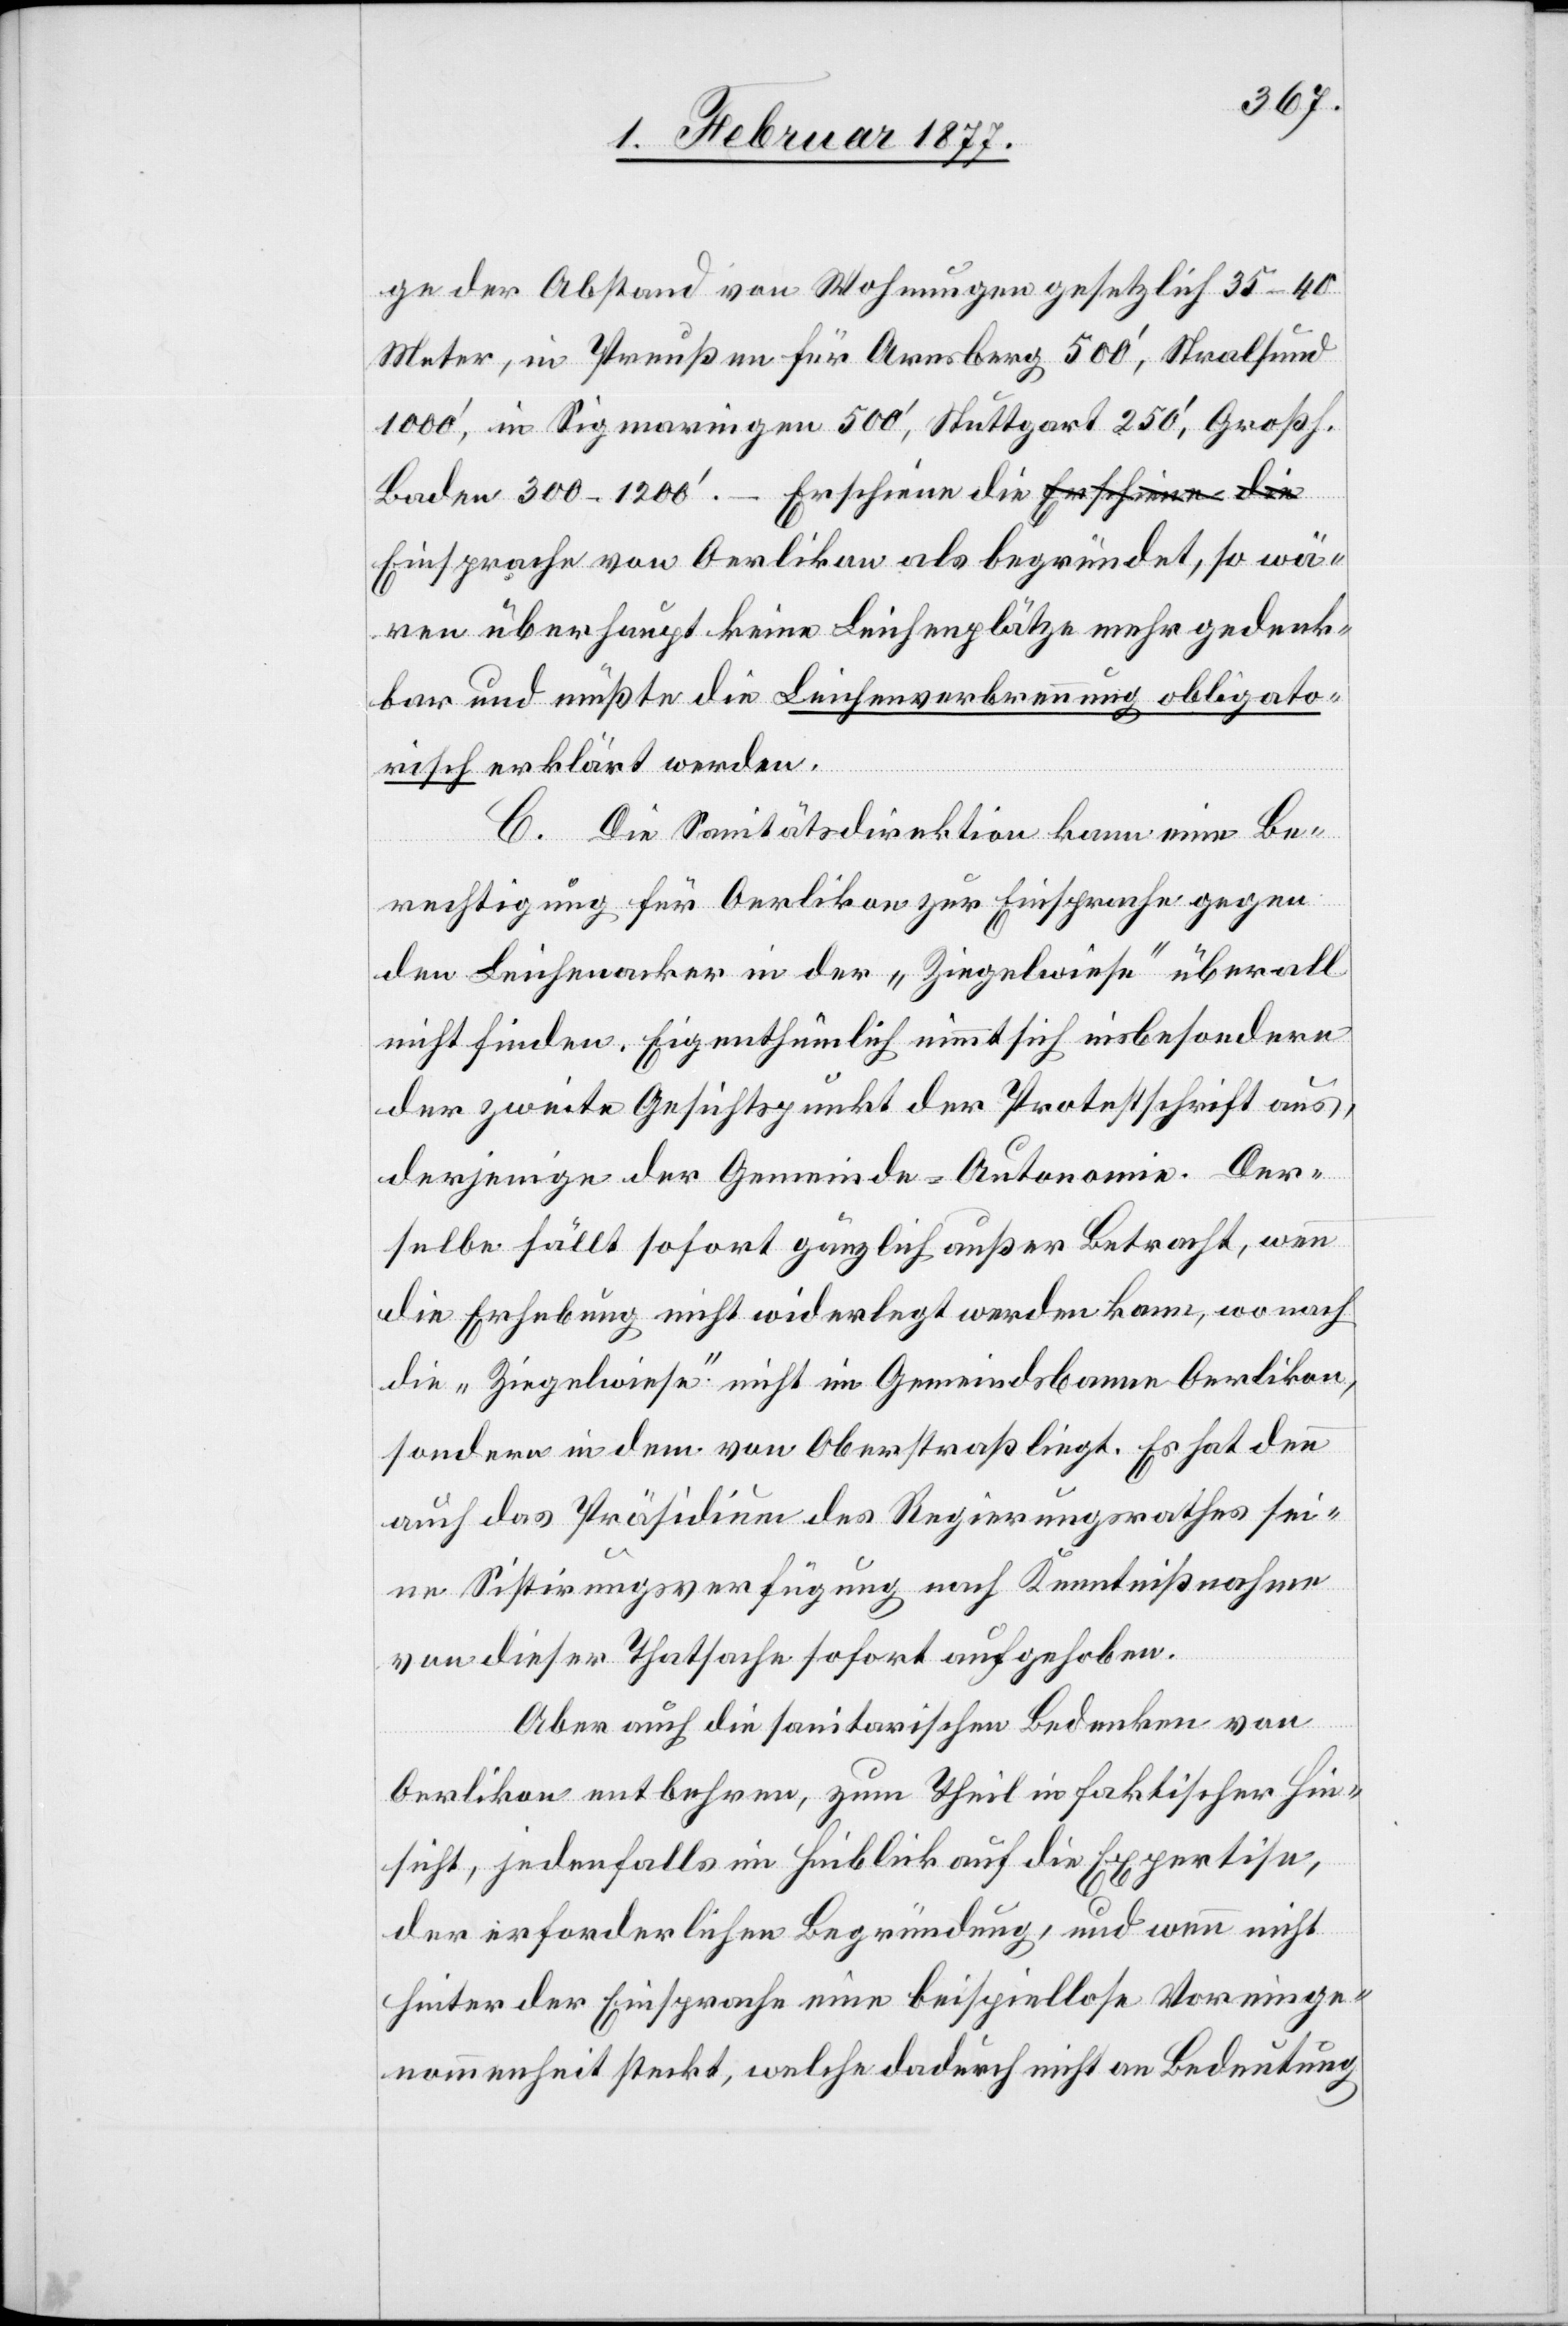
ge der Abstand von Wohnungen gesetzlich 35–40
Meter, in Preußen für Arnsberg 500’, Stralsund
1000’, in Sigmaringen 500’, Stuttgart 250’, Großh.
Baden 300–1200’. – Erschiene die Einsprache von
wären überhaupt keine Leichenplätze mehr gedenk¬
bar und müßte die Leichenverbrennung obligato¬
risch erklärt werden.
C. Die Sanitätsdirektion kann eine Be¬
rechtigung für Oerlikon zur Einsprache gegen
den Leichenacker in der „Ziegelwiese“ überall
nicht finden. Eigenthümlich nimmt sich insbesondere
der zweite Gesichtspunkt der Protestschrift aus,
derjenige der Gemeinde-Autonomie. Der¬
selbe fällt sofort gänzlich außer Betracht, wie
die Erhebung nicht wiederlegt werden kann, wonach
die „Ziegelwiese“ nicht im Gemeindsbanne Oerlikon,
sondern in dem von Oberstraß liegt. Es hat denn
auch das Präsidium des Regierungsrathes sei¬
ne Sistirungsverfügung nach Kenntnißnahme
von dieser Thatsache sofort aufgehoben.
Aber auch die sanitarischen Bedenken von
Oerlikon entbehren, zum Theil in faktischer Hin¬
sicht, jedenfalls im Hinblick auf die Expertise,
der erforderlichen Begründung, und wenn nicht
hinter der Einsprache eine beispiellose Voreinge¬
nommenheit steckt, welche dadurch nicht an Bedeutung